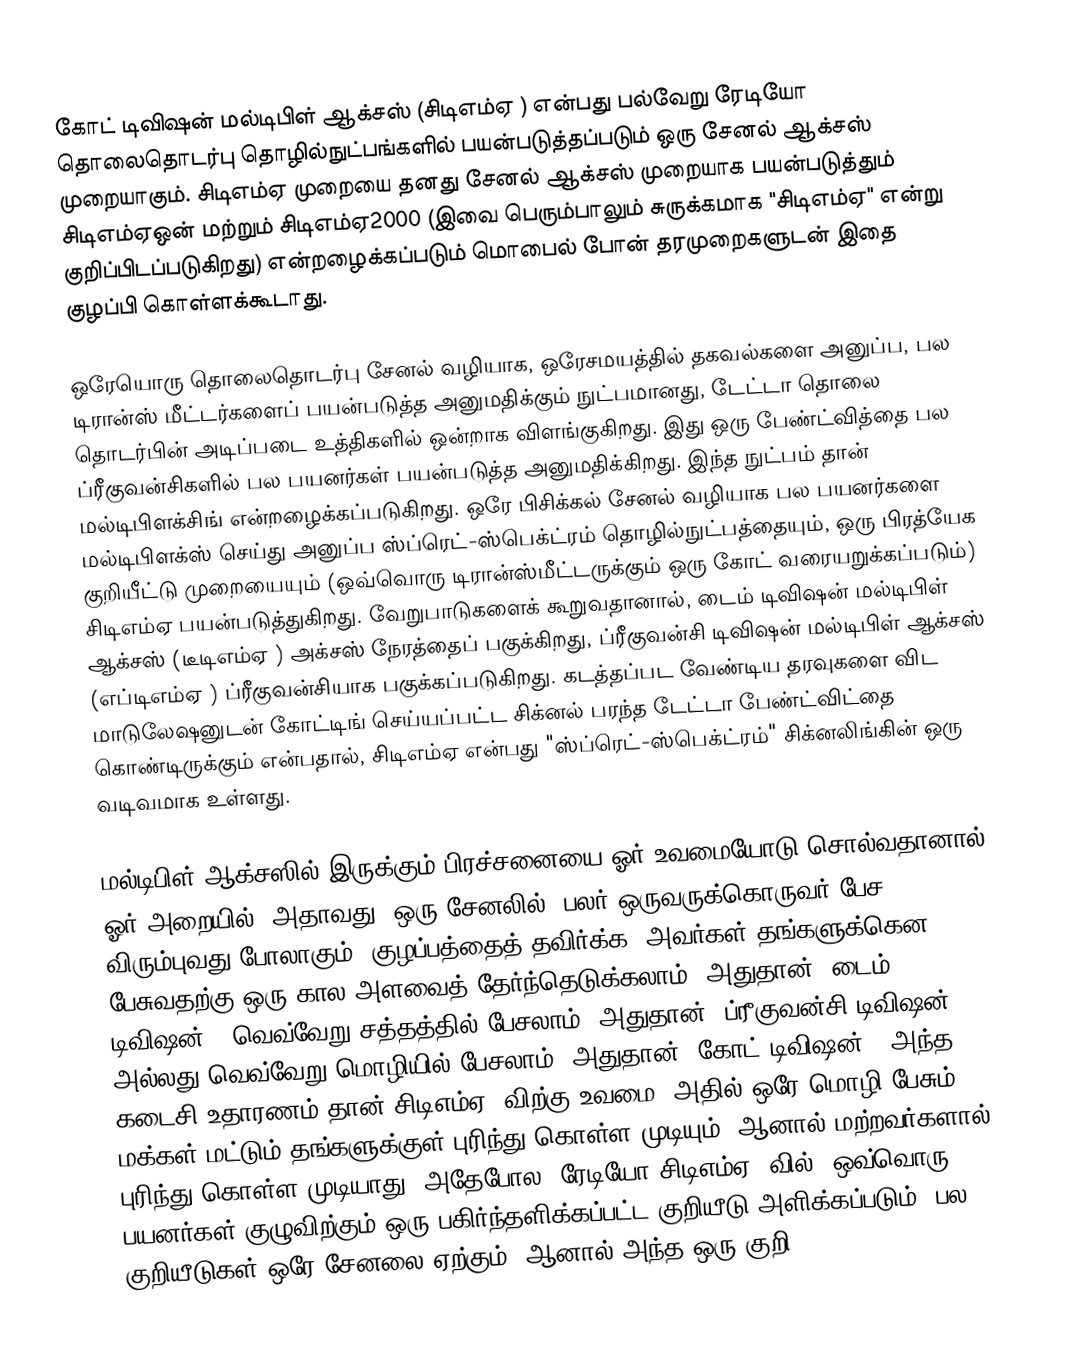
கோட் டிவிஷன் மல்டிபிள் ஆக்சஸ் (சிடிஎம்ஏ ) என்பது பல்வேறு ரேடியோ தொலைதொடர்பு தொழில்நுட்பங்களில் பயன்படுத்தப்படும் ஒரு சேனல் ஆக்சஸ் முறையாகும். சிடிஎம்ஏ முறையை தனது சேனல் ஆக்சஸ் முறையாக பயன்படுத்தும் சிடிஎம்ஏஒன் மற்றும் சிடிஎம்ஏ2000 (இவை பெரும்பாலும் சுருக்கமாக "சிடிஎம்ஏ" என்று குறிப்பிடப்படுகிறது) என்றழைக்கப்படும் மொபைல் போன் தரமுறைகளுடன் இதை குழப்பி கொள்ளக்கூடாது.

ஒரேயொரு தொலைதொடர்பு சேனல் வழியாக, ஒரேசமயத்தில் தகவல்களை அனுப்ப, பல டிரான்ஸ் மீட்டர்களைப் பயன்படுத்த அனுமதிக்கும் நுட்பமானது, டேட்டா தொலை தொடர்பின் அடிப்படை உத்திகளில் ஒன்றாக விளங்குகிறது. இது ஒரு பேண்ட்வித்தை பல ப்ரீகுவன்சிகளில் பல பயனர்கள் பயன்படுத்த அனுமதிக்கிறது. இந்த நுட்பம் தான் மல்டிபிளக்சிங் என்றழைக்கப்படுகிறது. ஒரே பிசிக்கல் சேனல் வழியாக பல பயனர்களை மல்டிபிளக்ஸ் செய்து அனுப்ப ஸ்ப்ரெட்-ஸ்பெக்ட்ரம் தொழில்நுட்பத்தையும், ஒரு பிரத்யேக குறியீட்டு முறையையும் (ஒவ்வொரு டிரான்ஸ்மீட்டருக்கும் ஒரு கோட் வரையறுக்கப்படும்) சிடிஎம்ஏ பயன்படுத்துகிறது. வேறுபாடுகளைக் கூறுவதானால், டைம் டிவிஷன் மல்டிபிள் ஆக்சஸ் (டீடிஎம்ஏ ) அக்சஸ் நேரத்தைப் பகுக்கிறது, ப்ரீகுவன்சி டிவிஷன் மல்டிபிள் ஆக்சஸ் (எப்டிஎம்ஏ ) ப்ரீகுவன்சியாக பகுக்கப்படுகிறது. கடத்தப்பட வேண்டிய தரவுகளை விட மாடுலேஷனுடன் கோட்டிங் செய்யப்பட்ட சிக்னல் பரந்த டேட்டா பேண்ட்விட்தை கொண்டிருக்கும் என்பதால், சிடிஎம்ஏ என்பது "ஸ்ப்ரெட்-ஸ்பெக்ட்ரம்" சிக்னலிங்கின் ஒரு வடிவமாக உள்ளது.

மல்டிபிள் ஆக்சஸில் இருக்கும் பிரச்சனையை ஓர் உவமையோடு சொல்வதானால், ஓர் அறையில் (அதாவது, ஒரு சேனலில்) பலர் ஒருவருக்கொருவர் பேச விரும்புவது போலாகும். குழப்பத்தைத் தவிர்க்க, அவர்கள் தங்களுக்கென பேசுவதற்கு ஒரு கால அளவைத் தேர்ந்தெடுக்கலாம் (அதுதான், டைம் டிவிஷன்), வெவ்வேறு சத்தத்தில் பேசலாம் (அதுதான், ப்ரீகுவன்சி டிவிஷன்), அல்லது வெவ்வேறு மொழியில் பேசலாம் (அதுதான், கோட் டிவிஷன்). அந்த கடைசி உதாரணம் தான் சிடிஎம்ஏ -விற்கு உவமை. அதில் ஒரே மொழி பேசும் மக்கள் மட்டும் தங்களுக்குள் புரிந்து கொள்ள முடியும், ஆனால் மற்றவர்களால் புரிந்து கொள்ள முடியாது. அதேபோல, ரேடியோ சிடிஎம்ஏ -வில், ஒவ்வொரு பயனர்கள் குழுவிற்கும் ஒரு பகிர்ந்தளிக்கப்பட்ட குறியீடு அளிக்கப்படும். பல குறியீடுகள் ஒரே சேனலை ஏற்கும், ஆனால் அந்த ஒரு குறி